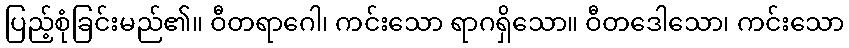
ပြည့်စုံခြင်းမည်၏။ ဝီတရာဂေါ၊ ကင်းသော ရာဂရှိသော။ ဝီတဒေါသော၊ ကင်းသော